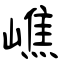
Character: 嶕